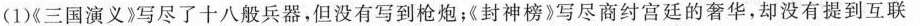
(1)《三国演义》写尽了十八般兵器，但没有写到枪炮；《封神榜》写尽商纣宫廷的奢华，却没有提到互联